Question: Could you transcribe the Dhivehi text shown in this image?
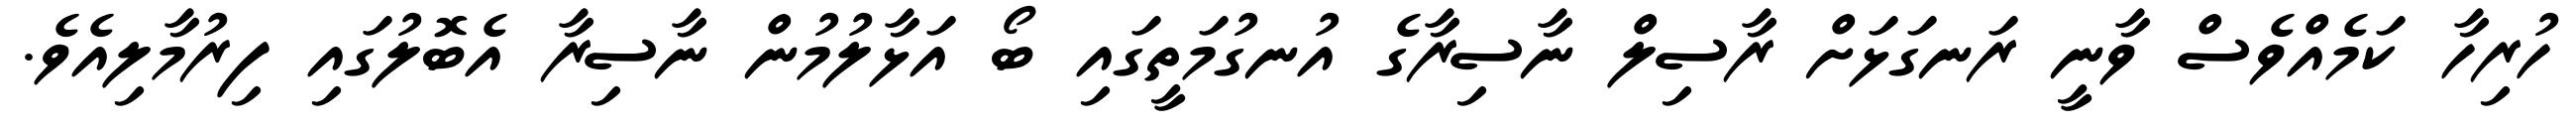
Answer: ހުރިހާ ކަމެއްވެސް ވާނީ ރަނގަޅަށް ރާސިލް ނާސިރާގެ އުނގުމަތީގައި ބޯ އަޅާލުމުން ނާސިރާ އެބޮލުގައި ފިރުމާލިއެވެ.